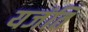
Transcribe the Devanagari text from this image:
यजंति